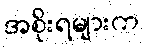
အစိုးရများက